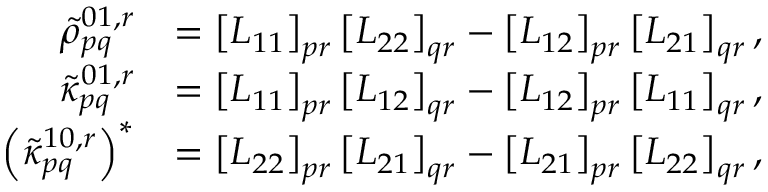
\begin{array} { r l } { \tilde { \rho } _ { p q } ^ { 0 1 , r } } & { = \left[ L _ { 1 1 } \right] _ { p r } \left[ L _ { 2 2 } \right] _ { q r } - \left[ L _ { 1 2 } \right] _ { p r } \left[ L _ { 2 1 } \right] _ { q r } , } \\ { \tilde { \kappa } _ { p q } ^ { 0 1 , r } } & { = \left[ L _ { 1 1 } \right] _ { p r } \left[ L _ { 1 2 } \right] _ { q r } - \left[ L _ { 1 2 } \right] _ { p r } \left[ L _ { 1 1 } \right] _ { q r } , } \\ { \left( \tilde { \kappa } _ { p q } ^ { 1 0 , r } \right) ^ { * } } & { = \left[ L _ { 2 2 } \right] _ { p r } \left[ L _ { 2 1 } \right] _ { q r } - \left[ L _ { 2 1 } \right] _ { p r } \left[ L _ { 2 2 } \right] _ { q r } , } \end{array}